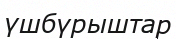
үшбүрыштар